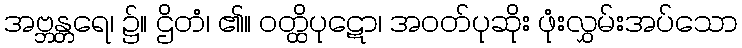
အဗ္ဘန္တရေ၊ ၌။ ဌိတံ၊ ၏။ ဝတ္ထိပုဋော၊ အဝတ်ပုဆိုး ဖုံးလွှမ်းအပ်သော